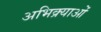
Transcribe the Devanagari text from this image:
अभिक्र्याओं